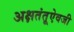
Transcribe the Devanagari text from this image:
अक्षतंतूऐवजी